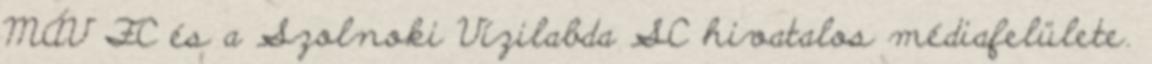
MÁV FC és a Szolnoki Vízilabda SC hivatalos médiafelülete.